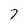
Character: 7